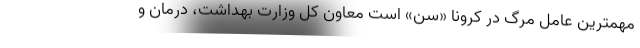
مهمترین عامل مرگ در کرونا «سن» است معاون کل وزارت بهداشت، درمان و